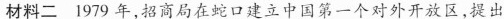
材料二 1979年，招商局在蛇口建立中国第一个对外开放区，提出